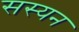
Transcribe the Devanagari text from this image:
सस्यन